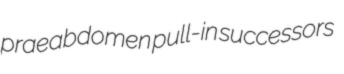
praeabdomen pull-in successors